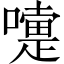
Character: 嚏